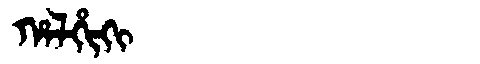
Manchu: ᡥᠠᠯᡥᡳᡴᡳ
Romanization: HALHIKI